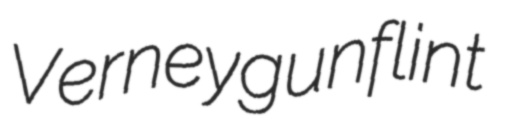
Verney gunflint